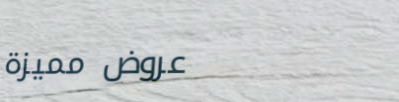
عروض مميزة